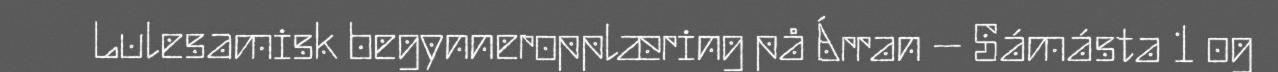
Lulesamisk begynneropplæring på Árran – Sámásta 1 og